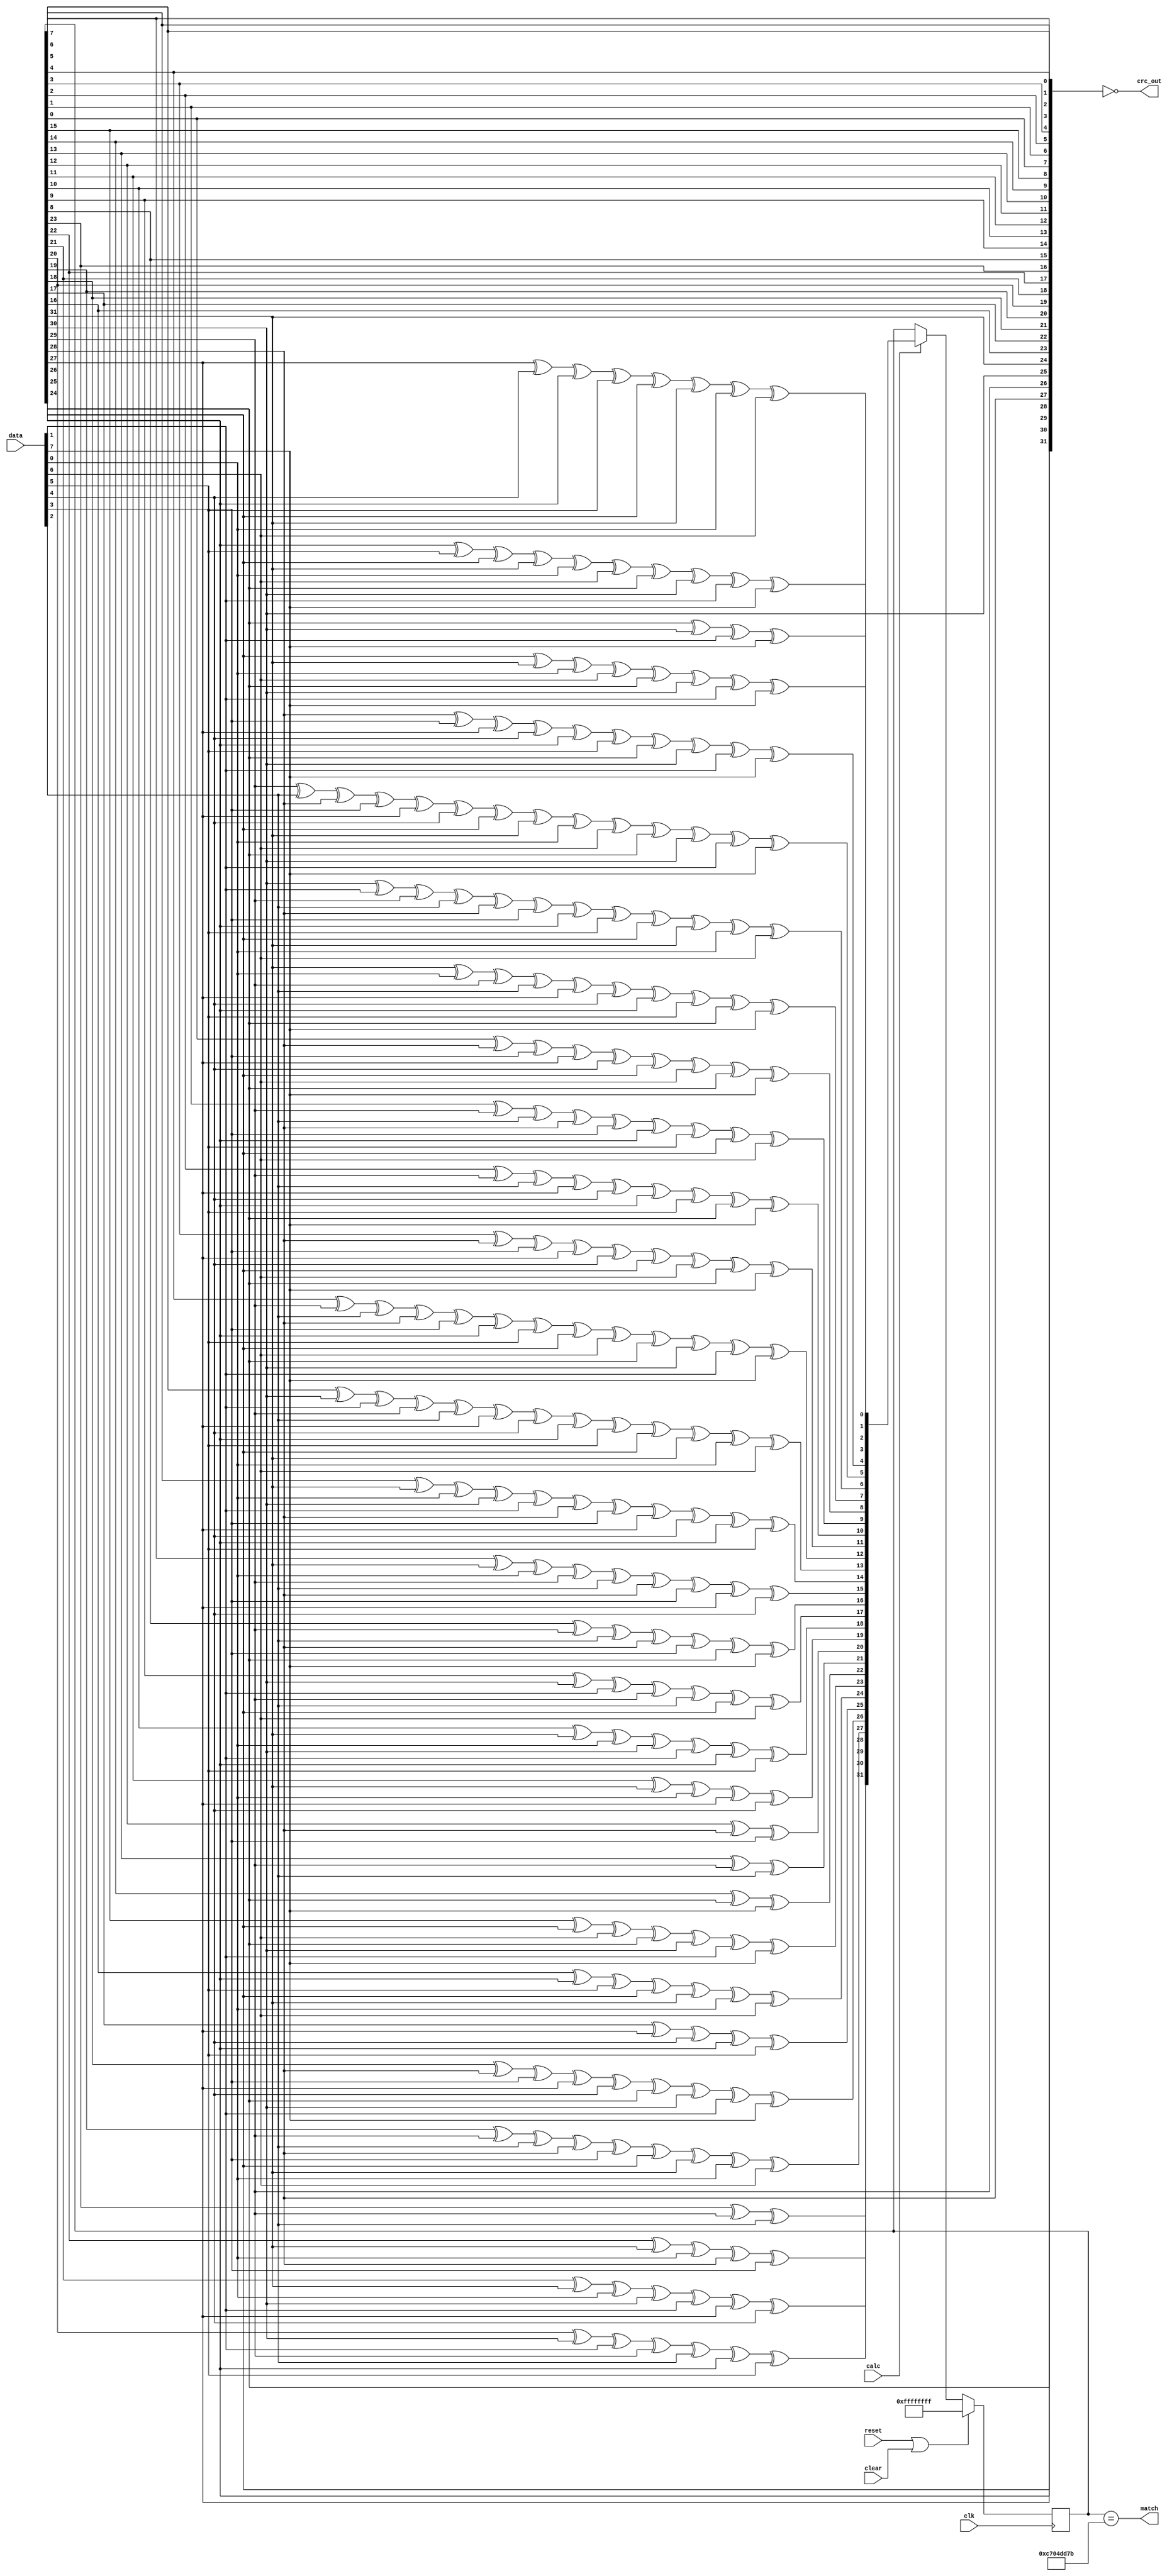
//
// Copyright 2011 Ettus Research LLC
//



module crc
  (input clk, 
   input reset,
   input clear, 
   input [7:0] data,
   input calc,
   output [31:0] crc_out,
   output match);
   
   function[31:0]  NextCRC;
      input[7:0]      D;
      input[31:0]     C;
      reg[31:0]       NewCRC;
      begin
	 NewCRC[0]   = C[24]^C[30]^D[1]^D[7];
	 NewCRC[1]   = C[25]^C[31]^D[0]^D[6]^C[24]^C[30]^D[1]^D[7];
	 NewCRC[2]   = C[26]^D[5]^C[25]^C[31]^D[0]^D[6]^C[24]^C[30]^D[1]^D[7];
	 NewCRC[3]   = C[27]^D[4]^C[26]^D[5]^C[25]^C[31]^D[0]^D[6];
	 NewCRC[4]   = C[28]^D[3]^C[27]^D[4]^C[26]^D[5]^C[24]^C[30]^D[1]^D[7];
	 NewCRC[5]   = C[29]^D[2]^C[28]^D[3]^C[27]^D[4]^C[25]^C[31]^D[0]^D[6]^C[24]^C[30]^D[1]^D[7];
	 NewCRC[6]   = C[30]^D[1]^C[29]^D[2]^C[28]^D[3]^C[26]^D[5]^C[25]^C[31]^D[0]^D[6];
	 NewCRC[7]   = C[31]^D[0]^C[29]^D[2]^C[27]^D[4]^C[26]^D[5]^C[24]^D[7];
	 NewCRC[8]   = C[0]^C[28]^D[3]^C[27]^D[4]^C[25]^D[6]^C[24]^D[7];
	 NewCRC[9]   = C[1]^C[29]^D[2]^C[28]^D[3]^C[26]^D[5]^C[25]^D[6];
	 NewCRC[10]  = C[2]^C[29]^D[2]^C[27]^D[4]^C[26]^D[5]^C[24]^D[7];
	 NewCRC[11]  = C[3]^C[28]^D[3]^C[27]^D[4]^C[25]^D[6]^C[24]^D[7];
	 NewCRC[12]  = C[4]^C[29]^D[2]^C[28]^D[3]^C[26]^D[5]^C[25]^D[6]^C[24]^C[30]^D[1]^D[7];
	 NewCRC[13]  = C[5]^C[30]^D[1]^C[29]^D[2]^C[27]^D[4]^C[26]^D[5]^C[25]^C[31]^D[0]^D[6];
	 NewCRC[14]  = C[6]^C[31]^D[0]^C[30]^D[1]^C[28]^D[3]^C[27]^D[4]^C[26]^D[5];
	 NewCRC[15]  = C[7]^C[31]^D[0]^C[29]^D[2]^C[28]^D[3]^C[27]^D[4];
	 NewCRC[16]  = C[8]^C[29]^D[2]^C[28]^D[3]^C[24]^D[7];
	 NewCRC[17]  = C[9]^C[30]^D[1]^C[29]^D[2]^C[25]^D[6];
	 NewCRC[18]  = C[10]^C[31]^D[0]^C[30]^D[1]^C[26]^D[5];
	 NewCRC[19]  = C[11]^C[31]^D[0]^C[27]^D[4];
	 NewCRC[20]  = C[12]^C[28]^D[3];
	 NewCRC[21]  = C[13]^C[29]^D[2];
	 NewCRC[22]  = C[14]^C[24]^D[7];
	 NewCRC[23]  = C[15]^C[25]^D[6]^C[24]^C[30]^D[1]^D[7];
	 NewCRC[24]  = C[16]^C[26]^D[5]^C[25]^C[31]^D[0]^D[6];
	 NewCRC[25]  = C[17]^C[27]^D[4]^C[26]^D[5];
	 NewCRC[26]  = C[18]^C[28]^D[3]^C[27]^D[4]^C[24]^C[30]^D[1]^D[7];
	 NewCRC[27]  = C[19]^C[29]^D[2]^C[28]^D[3]^C[25]^C[31]^D[0]^D[6];
	 NewCRC[28]  = C[20]^C[30]^D[1]^C[29]^D[2]^C[26]^D[5];
	 NewCRC[29]  = C[21]^C[31]^D[0]^C[30]^D[1]^C[27]^D[4];
	 NewCRC[30]  = C[22]^C[31]^D[0]^C[28]^D[3];
	 NewCRC[31]  = C[23]^C[29]^D[2];
	 NextCRC     = NewCRC;
      end
   endfunction

   reg [31:0] crc_reg;
   always @ (posedge clk)
     if (reset | clear)
       crc_reg 	    <= 32'hffffffff;
     else if (calc)
       crc_reg 	    <= NextCRC(data,crc_reg);
        
   assign crc_out    = ~{crc_reg[24],crc_reg[25],crc_reg[26],crc_reg[27],crc_reg[28],crc_reg[29],crc_reg[30],crc_reg[31],
		      crc_reg[16],crc_reg[17],crc_reg[18],crc_reg[19],crc_reg[20],crc_reg[21],crc_reg[22],crc_reg[23],
		      crc_reg[8],crc_reg[9],crc_reg[10],crc_reg[11],crc_reg[12],crc_reg[13],crc_reg[14],crc_reg[15],
		      crc_reg[0],crc_reg[1],crc_reg[2],crc_reg[3],crc_reg[4],crc_reg[5],crc_reg[6],crc_reg[7] };

   assign match  = (crc_reg == 32'hc704_dd7b);
		    
endmodule // crc